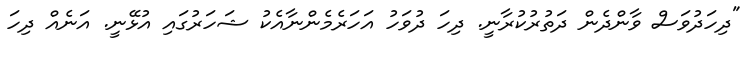
"ދިހަދުވަސް ވާންދެން ދަތުރުކުރާނީ. ދިހަ ދުވަހު އަހަރެމެންނާއެކު ޝަހަރުގައި އުޅޭނީ. އަނެއް ދިހަ